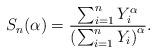
LaTeX: \begin{align*}S_{n}(\alpha )=\frac{\sum_{i=1}^{n}Y_{i}^{\alpha }}{\left(\sum_{i=1}^{n}Y_{i}\right) ^{\alpha }}. \end{align*}